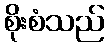
စိုးစံသည်